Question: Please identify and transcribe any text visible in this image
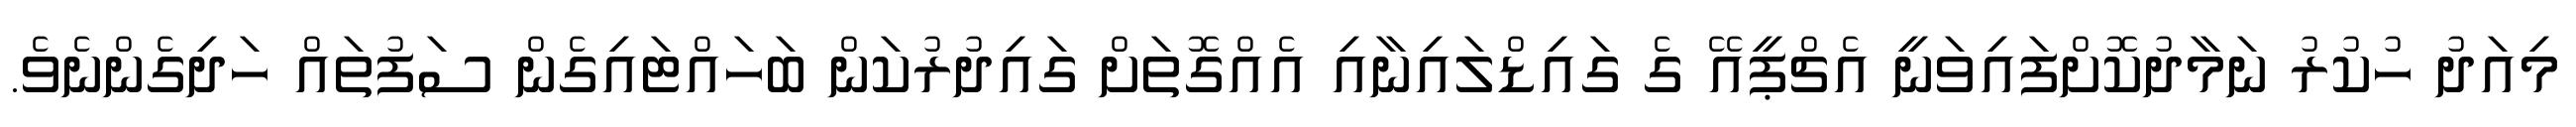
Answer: މިއަދު ހުކުރު ނަމާދުކޮށްފައިވަނީ އެޗްޕީއޭ ގެ ގައިޑްލައިނާއި އެއްގޮތަށް ގައިދުރުކަން ބަހައްޓައިގެން ސަފުތައް ހަދިގެންނެވެ.